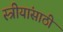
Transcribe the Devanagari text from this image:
स्त्रीयांसाठी